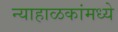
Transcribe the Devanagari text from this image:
न्याहाळकांमध्ये